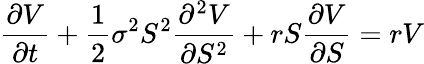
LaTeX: {\frac{\partial V}{\partial t}}+{\frac{1}{2}}\sigma^{2}S^{2}{\frac{\partial^{2}V}{\partial S^{2}}}+rS{\frac{\partial V}{\partial S}}=rV